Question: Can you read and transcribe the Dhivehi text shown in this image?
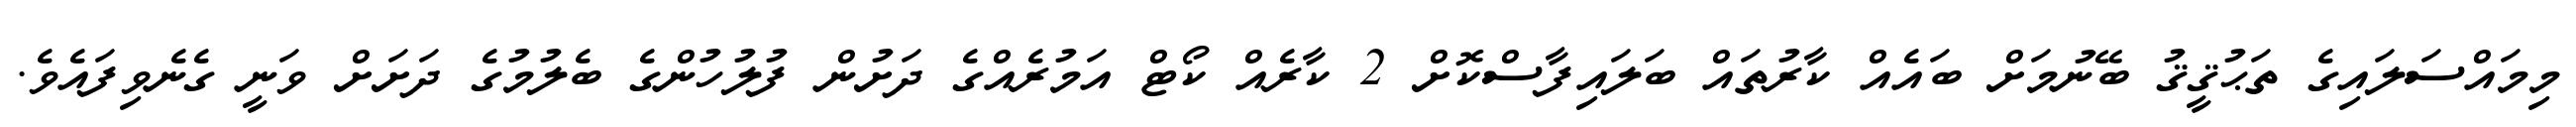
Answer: މިމައްސަލައިގެ ތަޙުޤީޤު ބޭނުމަށް ބައެއް ކާރުތައް ބަލައިފާސްކޮށް 2 ކާރެއް ކޯޓް އަމުރެއްގެ ދަށުން ފުލުހުންގެ ބެލުމުގެ ދަށަށް ވަނީ ގެނެވިފައެވެ.